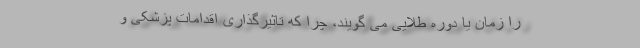
را زمان یا دوره طلایی می گویند، چرا که تاثیرگذاری اقدامات پزشکی و